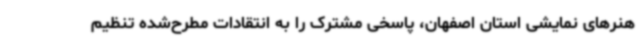
هنرهای نمایشی استان اصفهان، پاسخی مشترک را به انتقادات مطرح‌شده تنظیم